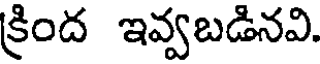
క్రింద ఇవ్వబడినవి.